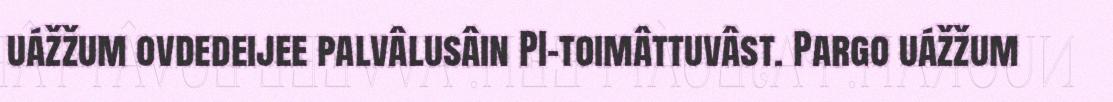
uážžum ovdedeijee palvâlusâin PI-toimâttuvâst. Pargo uážžum